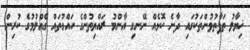
ޚިޔާލު ތަފާތުވުންތަކުގައި ދާނެ ކޮޅެއް ނޭނގި އާންމު ރައްޔިތުންގެ ހައްގުތައް ގެއްލުމުގެ ކުރިން